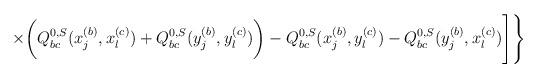
LaTeX: \begin{align*}\times\bigg(Q_{bc}^{0,S}(x_j^{(b)},x_l^{(c)})+Q_{bc}^{0,S}(y_j^{(b)},y_l^{(c)})\bigg)-Q_{bc}^{0,S}(x_j^{(b)},y_l^{(c)})-Q_{bc}^{0,S}(y_j^{(b)},x_l^{(c)}) \Bigg]\Bigg\}\end{align*}